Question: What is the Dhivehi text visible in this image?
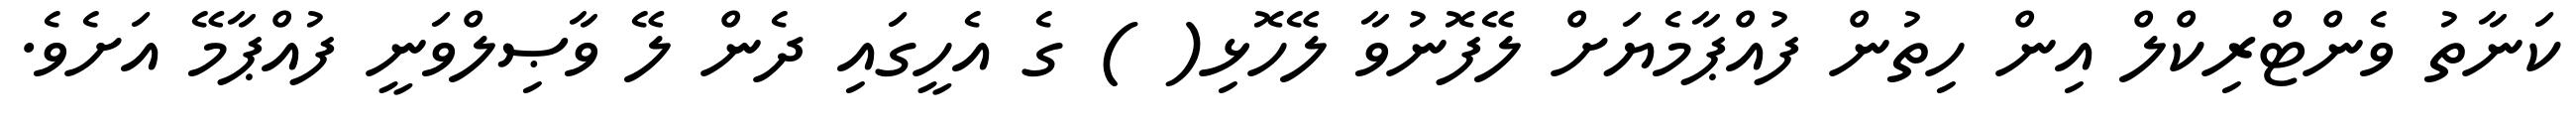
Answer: ކަނާތު ވެންޓްރިކްލް އިން ހިތުން ފުއްޕާމެޔަށް ލޭފޮނުވާ ލޭހޮޅި( ) ގެ އެހީގައި ދެން ލޭ ވާޞިލްވަނީ ފުއްޕާމޭ އަށެވެ.